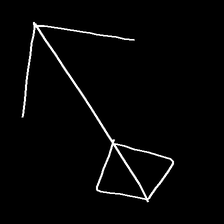
Glyph: focus